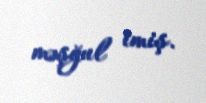
məşğul imiş.